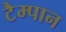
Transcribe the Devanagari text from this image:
टैम्पान